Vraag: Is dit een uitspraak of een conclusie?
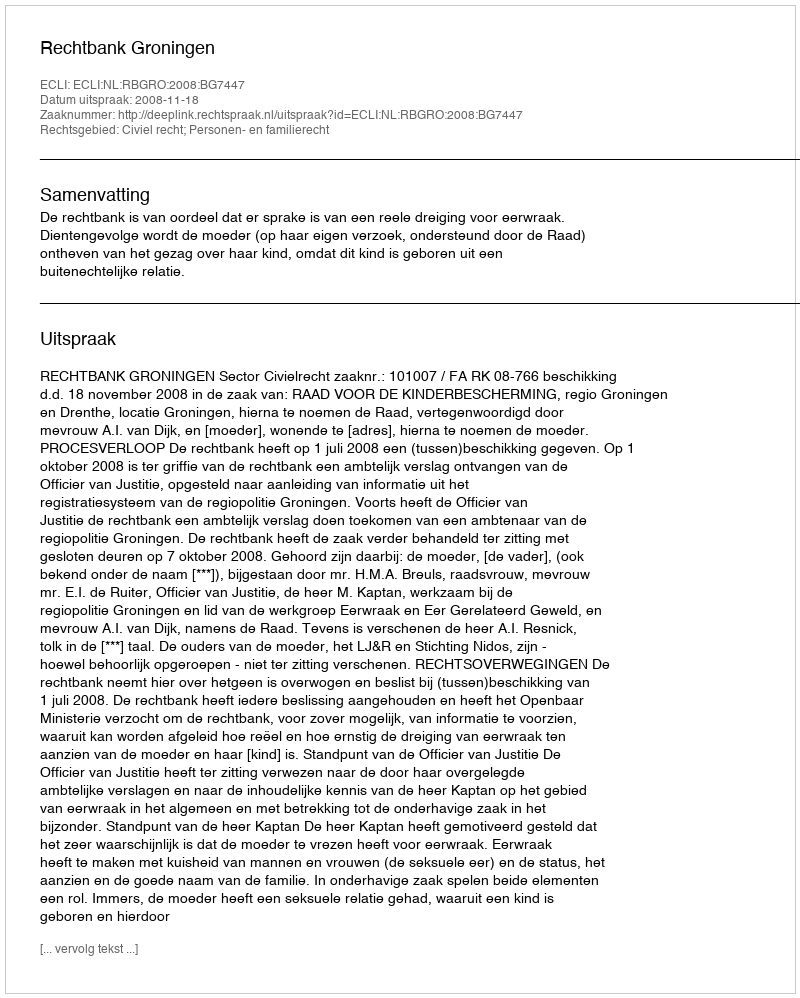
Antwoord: Uitspraak